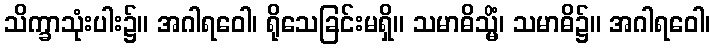
သိက္ခာသုံးပါး၌။ အဂါရဝေါ၊ ရိုသေခြင်းမရှိ။ သမာဓိသ္မိံ၊ သမာဓိ၌။ အဂါရဝေါ၊